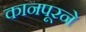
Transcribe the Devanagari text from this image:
कानपूरने